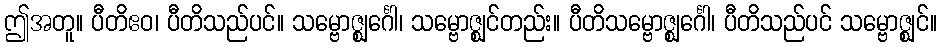
ဤအတူ။ ပီတိဧဝ၊ ပီတိသည်ပင်။ သမ္ဗောဇ္ဈင်္ဂေါ၊ သမ္ဗောဇ္ဈင်တည်း။ ပီတိသမ္ဗောဇ္ဈင်္ဂေါ၊ ပီတိသည်ပင် သမ္ဗောဇ္ဈင်။